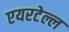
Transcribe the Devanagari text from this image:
एयरटेल्ल